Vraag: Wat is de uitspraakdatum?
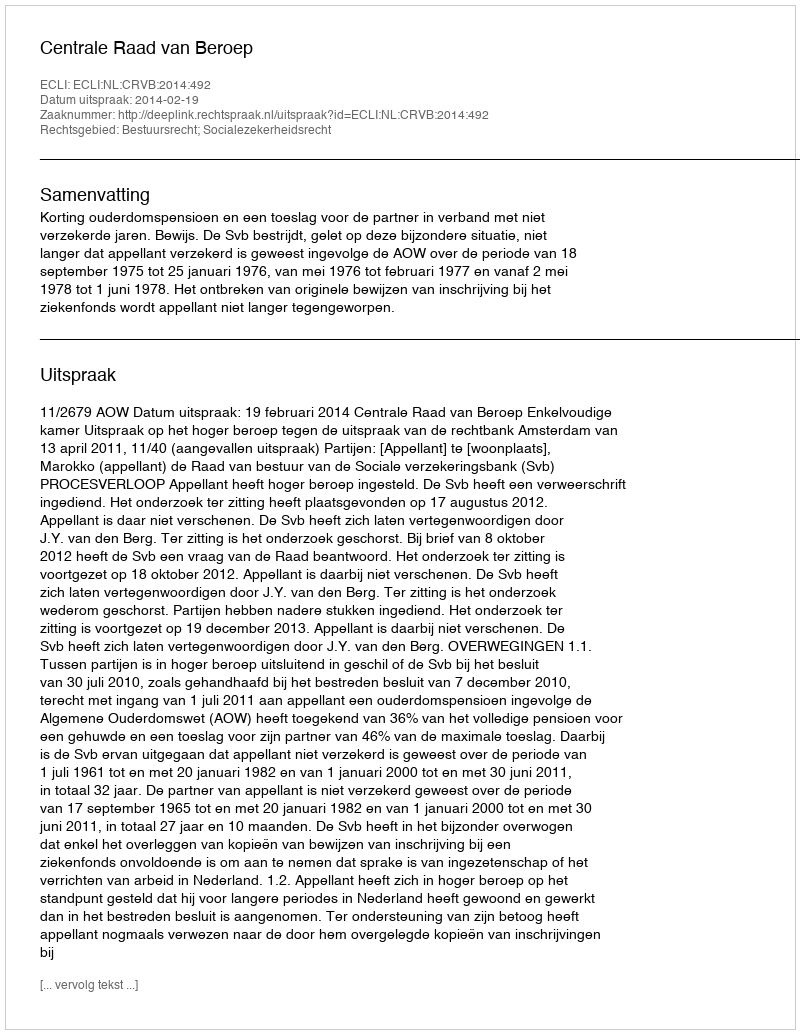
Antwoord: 2014-02-19